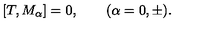
[ T , M _ { \alpha } ] = 0 , \qquad ( \alpha = 0 , \pm ) .